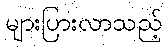
များပြားလာသည့်